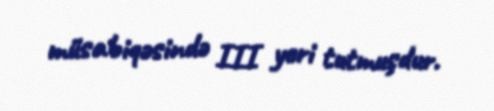
müsabiqəsində III yeri tutmuşdur.